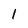
Character: 1